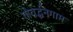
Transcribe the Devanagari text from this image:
गोवर्द्धनगाम